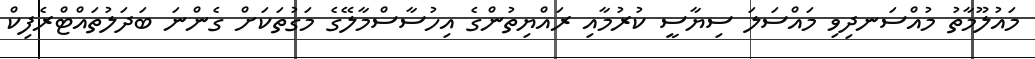
މައުލޫމާތު މުއްސަނދިވި މައްސަލަ ސިޔާސީ ކުރުމާއި ރައްޔިތުންގެ އިހުސާސްމާލޭގެ މަގުތަކަށް ގެންނަ ބަދަލުތައްޓްރެފިކް